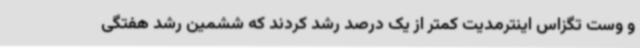
و وست تگزاس اینترمدیت کمتر از یک درصد رشد کردند که ششمین رشد هفتگی